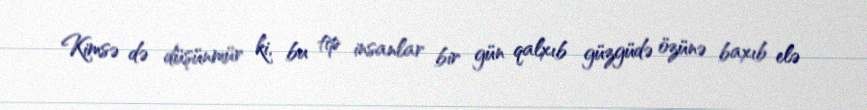
Kimsə də düşünmür ki, bu tip insanlar bir gün qalxıb güzgüdə özünə baxıb elə